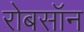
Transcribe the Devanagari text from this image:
रोबसॉन